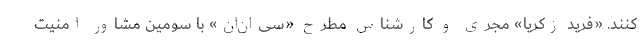
کنند. «فرید زکریا» مجری و کارشناس مطرح «سی‌ان‌ان» با سومین مشاور امنیت